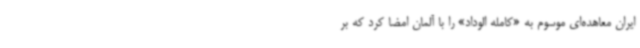
ایران معاهده‌ای موسوم به «کامله الوداد» را با آلمان امضا کرد که بر